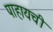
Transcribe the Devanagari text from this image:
पाहायची